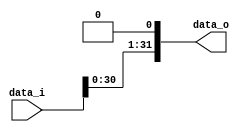
////                                                              ////
////  RISC-V Designe                                              ////
////                                                              ////
////  https://github.com/Abdelazeem201                            ////
////                                                              ////
////  Description                                                 ////
////  Designed RTL of RISC-V system in Verilog                    ////
////                                                              ////
////                                                              ////
////  Author(s):                                                  ////
////      - Ahmed Abdelazeen, ahmed-abdelazeem@outlook.com        ////
////                                                              ////
//////////////////////////////////////////////////////////////////////
module Shift1 (
  input  wire [31:0] data_i,
  output wire [31:0] data_o
 );

assign data_o = {data_i[30:0],1'b0};

endmodule